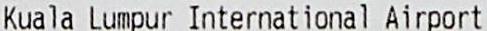
KUALA LUMPUR INTERNATIONAL AIRPORT